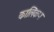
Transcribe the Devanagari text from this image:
कालिकण